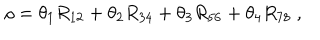
\rho = \theta _ { 1 } R _ { 1 2 } + \theta _ { 2 } R _ { 3 4 } + \theta _ { 3 } R _ { 5 6 } + \theta _ { 4 } R _ { 7 8 } ~ ,